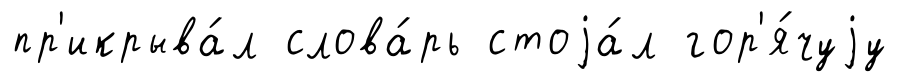
пр'икрыва́л слова́рь стоjа́л гор'я́чуjу